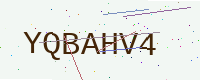
Text: YQBAHV4